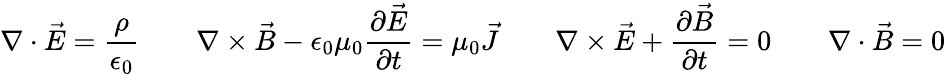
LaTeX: \nabla\cdot{\vec{E}}={\frac{\rho}{\epsilon_{0}}}\qquad\nabla\times{\vec{B}}-\epsilon_{0}\mu_{0}{\frac{\partial{\vec{E}}}{\partial t}}=\mu_{0}{\vec{J}}\qquad\nabla\times{\vec{E}}+{\frac{\partial{\vec{B}}}{\partial t}}=0\qquad\nabla\cdot{\vec{B}}=0